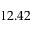
1 2 . 4 2